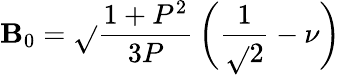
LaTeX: \mathbf{B}_{0}=\sqrt{}{{\frac{{1+P^{2}}}{{3P}}}}\, \biggl(\frac{{1}}{{\sqrt{}{{2}}}}-\nu\biggr)